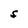
Character: S